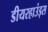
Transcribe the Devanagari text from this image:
डीयरहाउंड्स